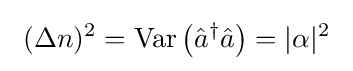
~(\Delta n)^{2}={\rm {Var}}\left({\hat {a}}^{\dagger }{\hat {a}}\right)=|\alpha |^{2}~